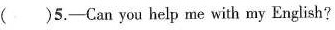
( )5.—Can you help me with my Enghish?